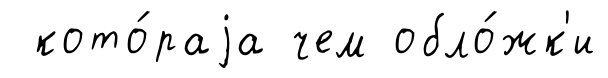
кото́раjа чем обло́жк'и